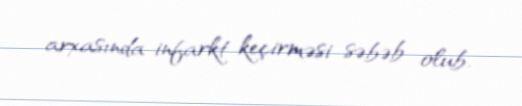
arxasında infarkt keçirməsi səbəb olub.